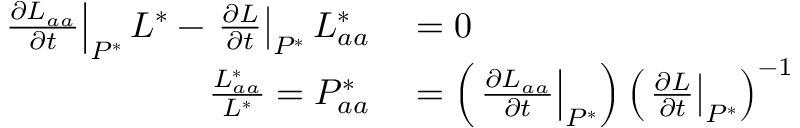
\begin{array} { r l } { \left. \frac { \partial L _ { a a } } { \partial t } \right| _ { P ^ { * } } L ^ { * } - \left. \frac { \partial L } { \partial t } \right| _ { P ^ { * } } L _ { a a } ^ { * } } & { { } = 0 } \\ { \frac { L _ { a a } ^ { * } } { L ^ { * } } = P _ { a a } ^ { * } } & { { } = \left( \left. \frac { \partial L _ { a a } } { \partial t } \right| _ { P ^ { * } } \right) \left( \left. \frac { \partial L } { \partial t } \right| _ { P ^ { * } } \right) ^ { - 1 } } \end{array}